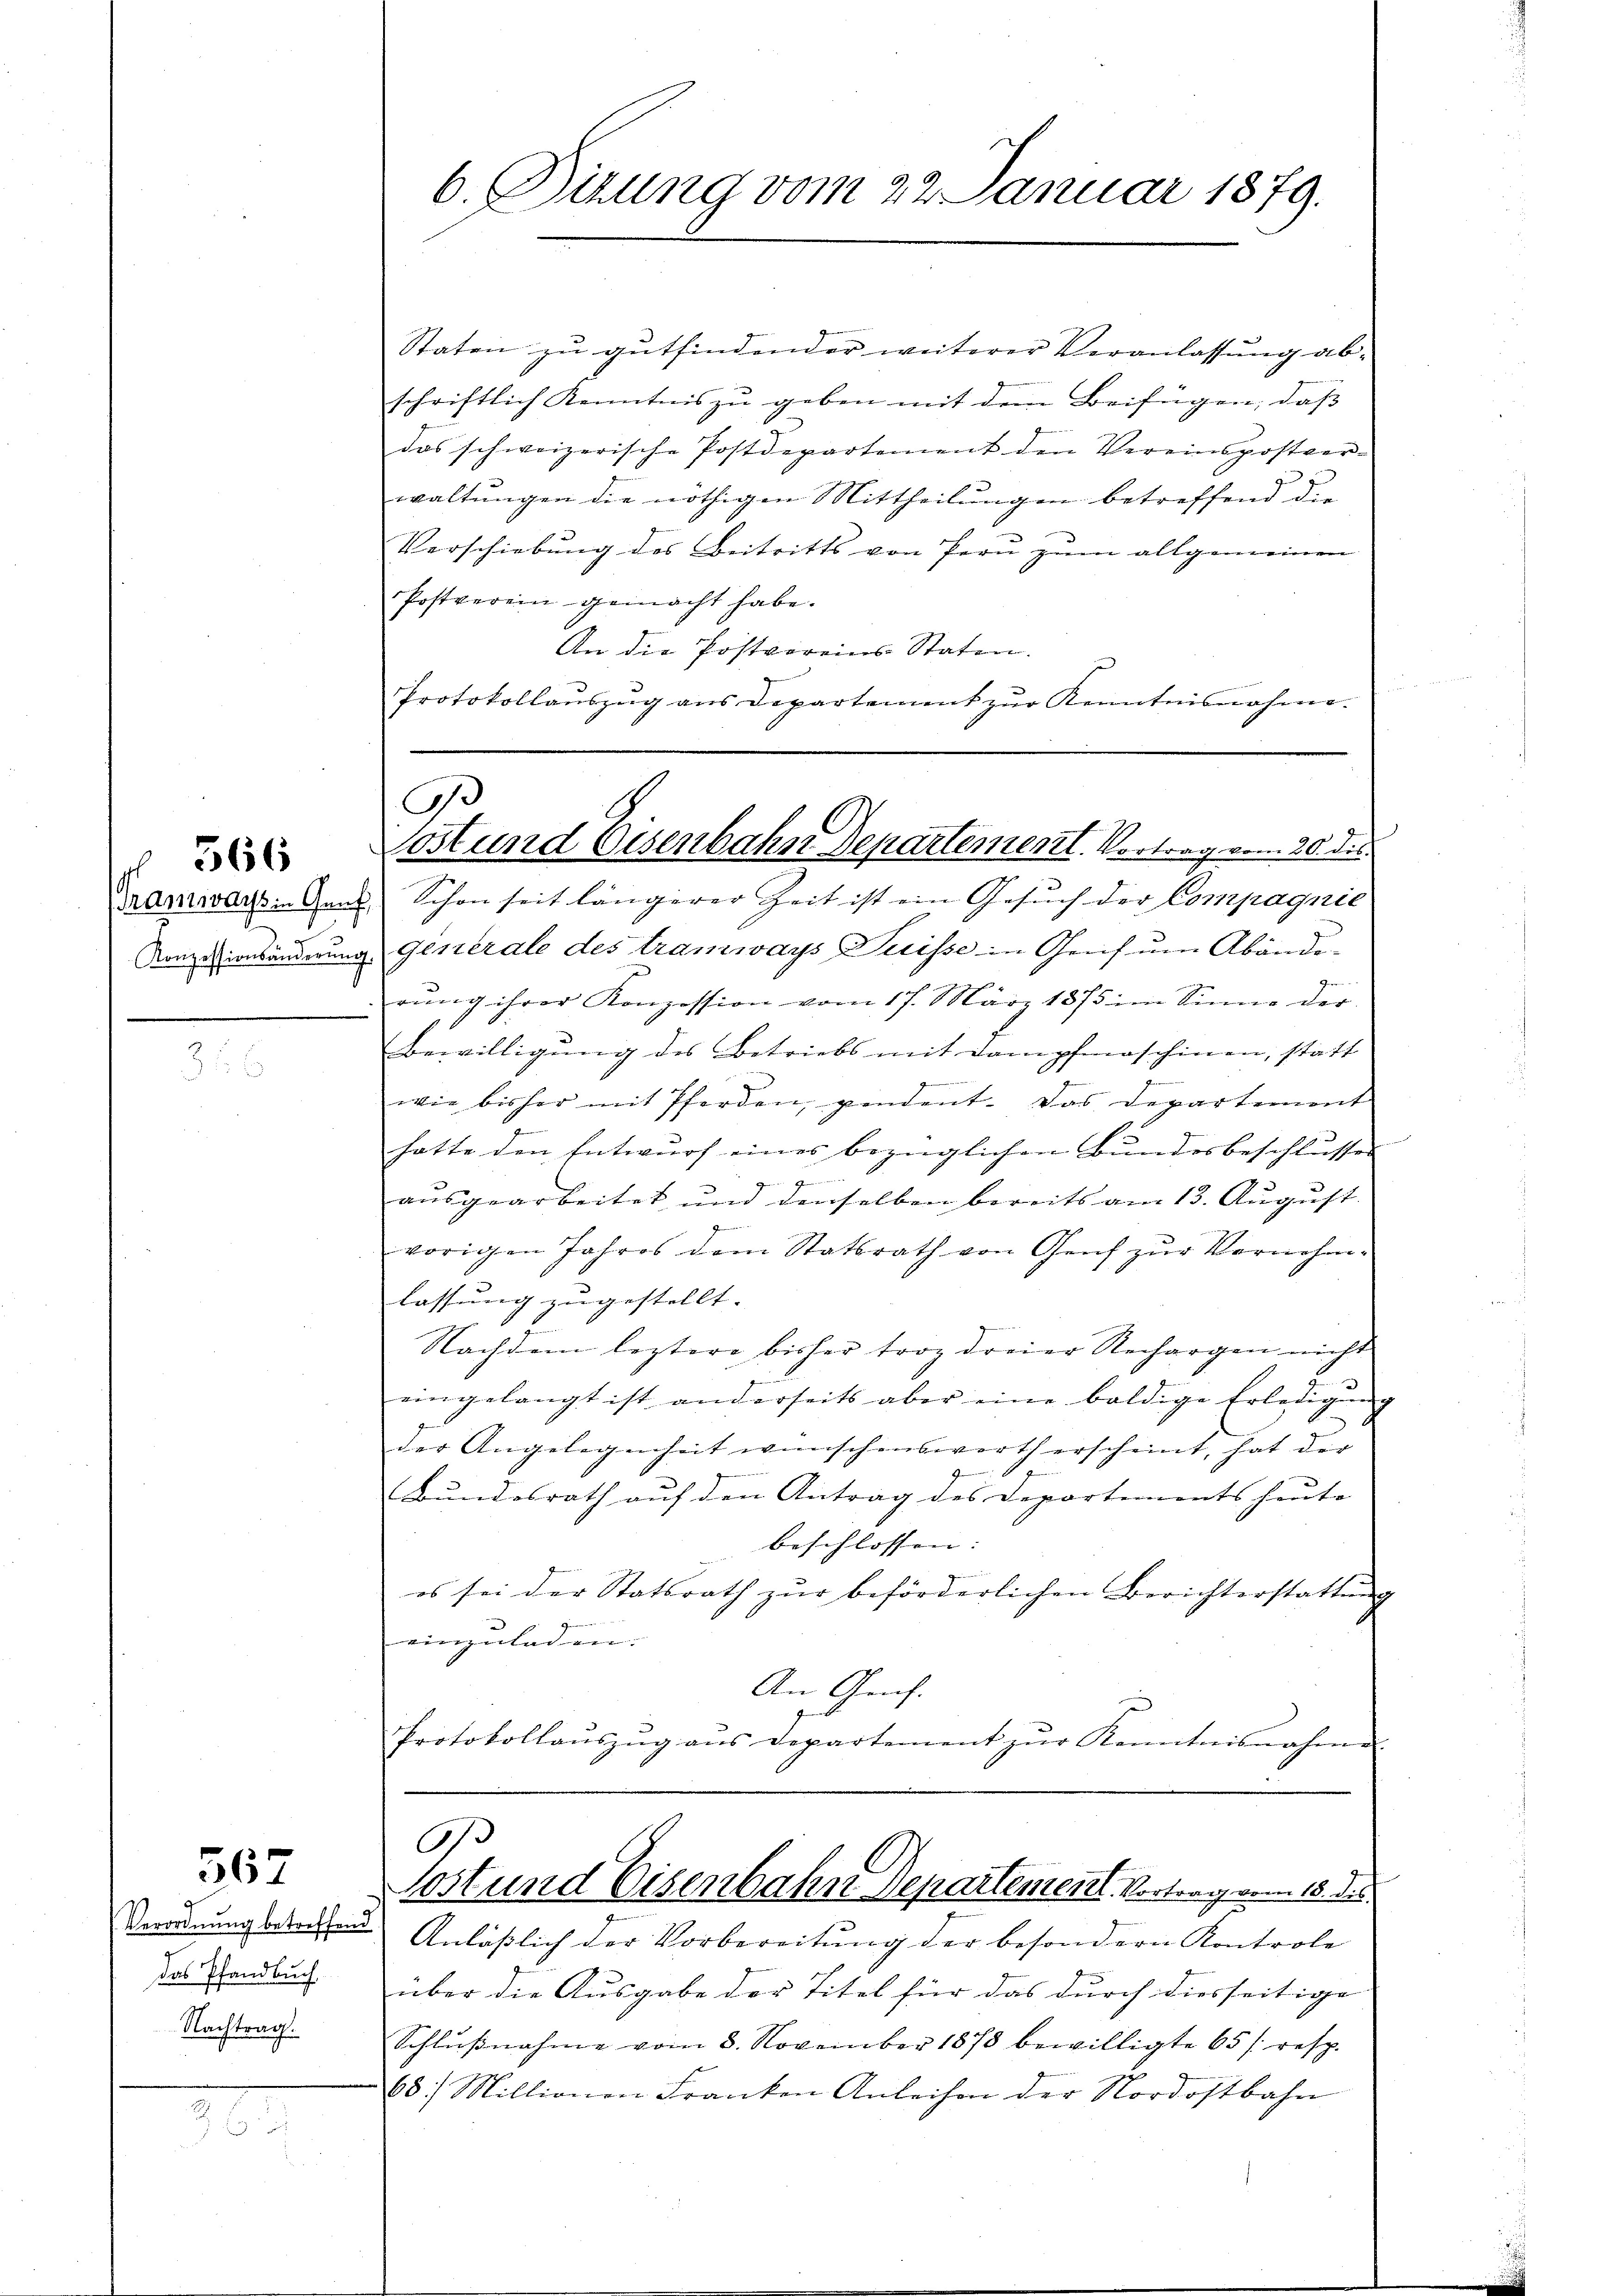
566

567

Verordnung betreffend
das Pfandbuch
Nachtrag.

6. Dizung vom 22. Januar 1879.

Staten zu gutfindender weiterer Veranlassŭng ab-
schriftlich Kenntnis zu geben mit dem Beifügen, daß
das schweizerische Postdepartement den Vereinspostver-
waltungen die nöthigen Mittheilungen betreffend die
Verschiebung des Beitritts von Pern zum allgemeinen
Postverein gemacht habe.
An die Postvereins-Staten.
u
Protokollauszug aus Departement zur Kenntnisnahme.

G
löst und Eisenbahn Departement. Vortrag vom 20. ds.

Tramwarz Gant Schon seit längerer Zeit ist ein Gesuch der Compagnie
Konzesionsänderung Generale des tramways Suisse in Genf um Abände-
rŭng ihrer Konzession vom 17. März 1875 im Sinne der
Bewilligung des Betriebs mit Dampfmaschinen, statt
wie bisher mit Pferden, pendent. Das Departement
hatte den Entwurf eines bezüglichen Bundesbeschlusses

aŭsgearbeitet und denselben bereits am 13. Aŭgŭst
vorigen Jahres dem Statsrath von Genf zur Vornehmlassung zugestellt.
Nachdem leztere bisher trop dreier Rechargen nicht
eingelangt ist anderseits aber eine baldige Erledigŭng
der Angelegenheit wünschenswerth erscheint, hat der
g
Bundesrath auf den Antrag des Departements heute
 beschlossen:
es sei der Statsrath zŭr beförderlichen Berichterstattŭng
einzuladen.
An Genf.
Protokollaŭszŭg aŭs Departement zŭr Kenntnisnahme

s
tost und Eisenbahn Departement. Vortrag vom 18. ds.

Anläßlich der Vorbereitŭng der besondern Kontrole
über die Ausgabe der Titel für das durch diesseitige
Schlŭβnahme vom 8. November 1878 bewilligte 65 /: resp.
68. Millionen Franken Anleihen der Nordostbahn